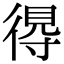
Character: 𢔶